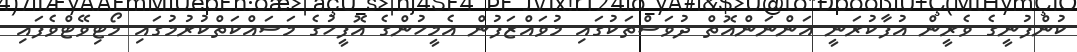
ކުންފުނީގެ ވެރީން އުފާކުރަނީ އަންނަންއޮތް ދުވަސްތަކުގައި މުވައްޒަފުން އެމީހުންގެ އޮފީހުގެ މަސައްކަތްކުރުމުގައި މޯޓިވޭޓްވެފައި